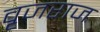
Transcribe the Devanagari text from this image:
वृजराज